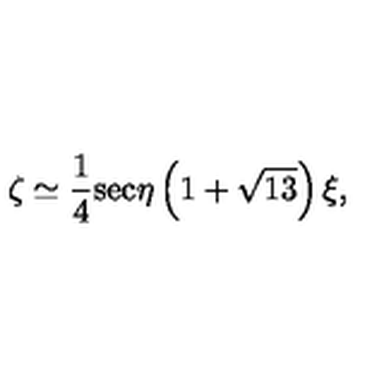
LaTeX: \zeta \simeq \frac { 1 } { 4 } \mathrm { s e c } \eta \left( 1 + \sqrt { 1 3 } \right) \xi ,